Report on malaria in the Punjab during the year ...  together with an account of the work of the Punjab Malaria Bureau - Volume 3
Disease focus: Malaria
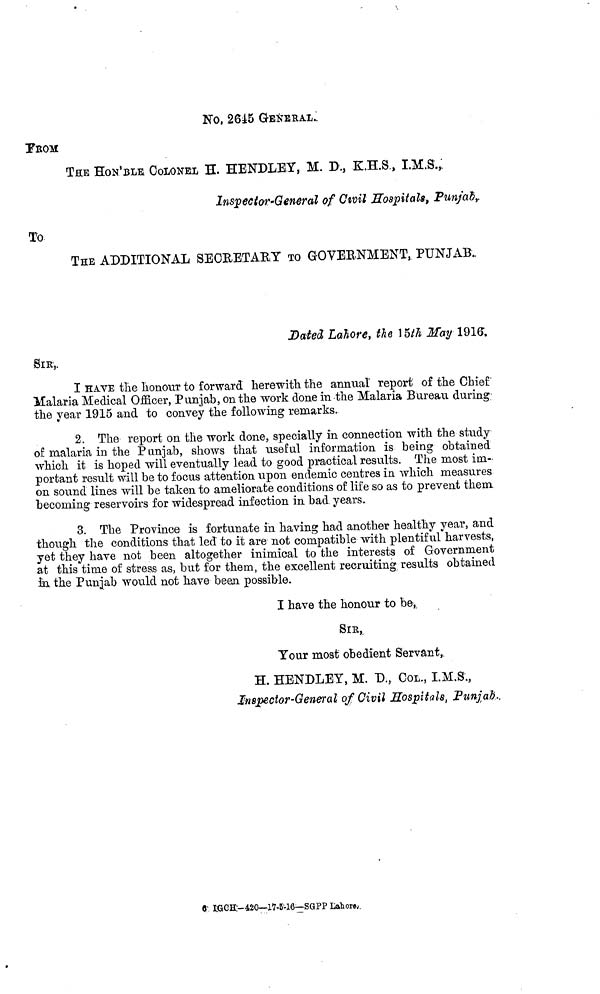
No, 2645 GENERAL.
FROM
THE HON'BLE COLONEL H. HENDLEY, M. D., K.H.S., I.M.S.,
Inspector-General of Civil Hospitals, Punjab r
To
THE ADDITIONAL SECRETARY TO GOVERNMENT, PUNJAB..
Dated Lahore, the 15th May 1916
I HAVE the honour to forward herewith the annual report of the Chief
Malaria Medical Officer, Punjab, on the work done in the Malaria Bureau during;
the year 1915 and to convey the following remarks.
2. The report on the work done, specially in connection with the study
of malaria in the Punjab, shows that useful information is being obtained
which it is hoped will eventually lead to good practical results. The most im-
portant result will be to focus attention upon endemic centres in which measures
on sound lines will be taken to ameliorate conditions of life so as to prevent them,
becoming reservoirs for widespread infection in bad years.
3. The Province is fortunate in having had another healthy year, and
though the conditions that led to it are not compatible with plentiful harvests,
yet they have not been altogether inimical to the interests of Government
at this time of stress as, but for them, the excellent recruiting results obtained
in the Punjab would not have been possible.
I have the honour to be,,
SIR,
Your most obedient Servant,.
H. HENDLEY, M. D., COL., I.M.S.,
Inspector-General of Civil Hospitals, Punjab.
6 IGCH-420—17-5-16—SGPP Lahore.